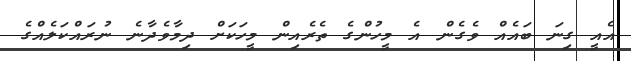
އެއީ ގިނަ ބައެއް ވެގެން އެ މީހުންގެ ތެރެއިން މީހަކަށް ދިމާވެދާނެ ނުރައްކަލެއްގެ